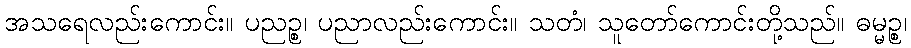
အသရေလည်းကောင်း။ ပညဉ္စ၊ ပညာလည်းကောင်း။ သတံ၊ သူတော်ကောင်းတို့သည်။ ဓမ္မဉ္စ၊